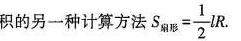
积的另一种计算方法 $$S _ { 扇 形 } = \frac { 1 } { 2 } l R$$接